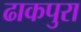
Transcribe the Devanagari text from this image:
ढाकपुरा